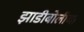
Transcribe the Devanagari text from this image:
झाडीबोलीचा